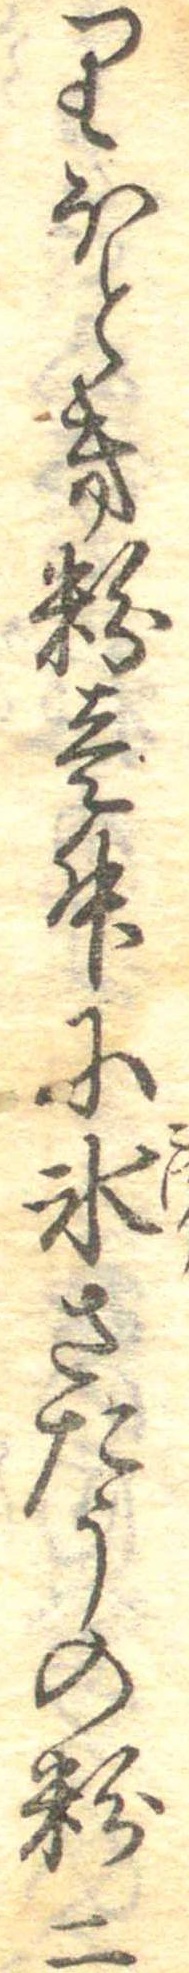
りほとき粉壱升に氷さたうの粉二